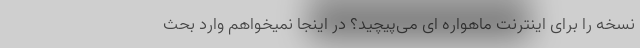
نسخه را برای اینترنت ماهواره ای می‌پیچید؟ در اینجا نمیخواهم وارد بحث